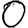
Digit: 0